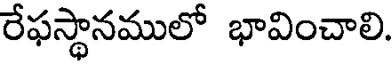
రేఫస్థానములో భావించాలి.